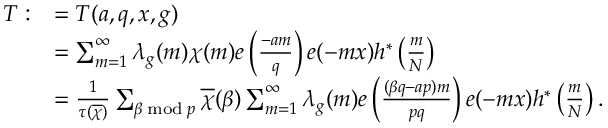
\begin{array} { r l } { T : } & { = T ( a , q , x , g ) } \\ & { = \sum _ { m = 1 } ^ { \infty } \lambda _ { g } ( m ) \chi ( m ) e \left( \frac { - a m } { q } \right) e ( - m x ) h ^ { * } \left( \frac { m } { N } \right) } \\ & { = \frac { 1 } { \tau ( \overline { { \chi } } ) } \sum _ { \beta \bmod p } \overline { { \chi } } ( \beta ) \sum _ { m = 1 } ^ { \infty } \lambda _ { g } ( m ) e \left( \frac { ( \beta q - a p ) m } { p q } \right) e ( - m x ) h ^ { * } \left( \frac { m } { N } \right) . } \end{array}